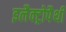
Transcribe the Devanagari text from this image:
इलैक्ट्रोपैथी